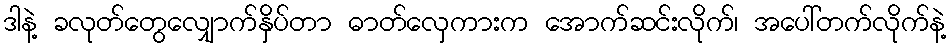
ဒါနဲ့ ခလုတ်တွေလျှောက်နှိပ်တာ ဓာတ်လှေကားက အောက်ဆင်းလိုက်၊ အပေါ်တက်လိုက်နဲ့